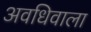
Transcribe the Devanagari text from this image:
अवधिवाला